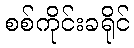
စစ်ကိုင်းခရိုင်